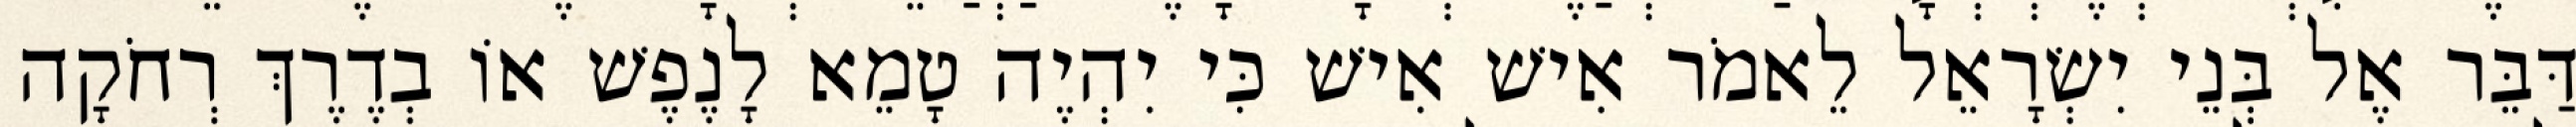
דַּבֵּר אֶל בְּנֵי יִשְׂרָאֵל לֵאמֹר אִישׁ אִישׁ כִּי יִהְיֶה טָמֵא לָנֶפֶשׁ אוֹ בְדֶרֶךְ רְחֹקָה